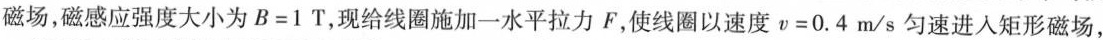
磁场，磁感应强度大小为$$B=1T$$，现给线圈施加一水平拉力F，使线圈以速度$$v=0.4m/s$$匀速进入矩形磁场，